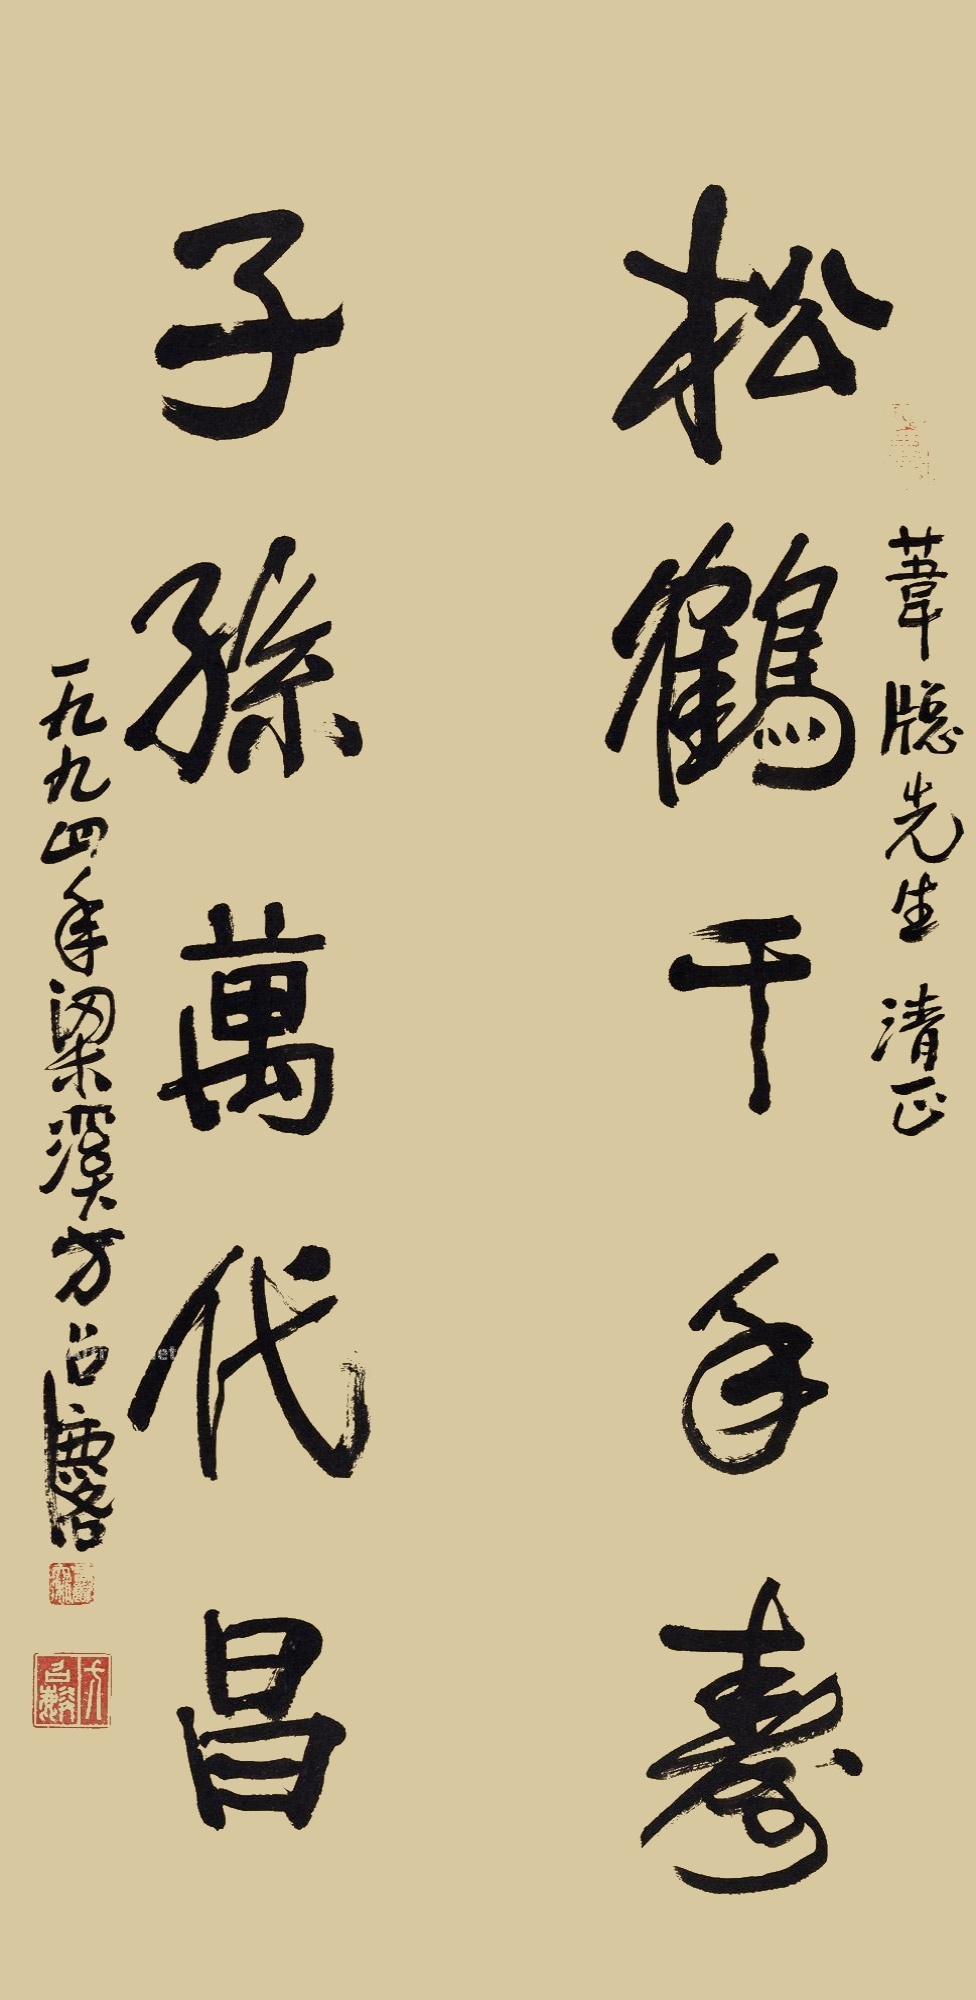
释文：松鹤千年寿，子孙万代昌。苇窗先生清正，一九九四年梁溪方召麟。